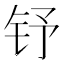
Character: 𮷽